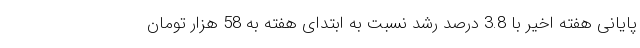
پایانی هفته اخیر با 3.8 درصد رشد نسبت به ابتدای هفته به 58 هزار تومان